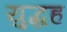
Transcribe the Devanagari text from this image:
युद्धह